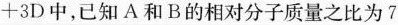
+3D中，已知A和B的相对分子质量之比为7